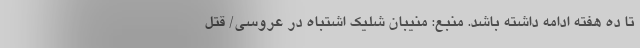
تا ده هفته ادامه داشته باشد. منبع: منیبان شلیک اشتباه در عروسی/ قتل